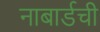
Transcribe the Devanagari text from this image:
नाबार्डची